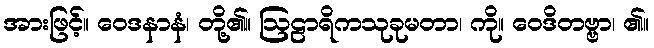
အားဖြင့်။ ဝေဒနာနံ၊ တို့၏။ ဩဠာရိကသုခုမတာ၊ ကို။ ဝေဒိတဗ္ဗာ၊ ၏။